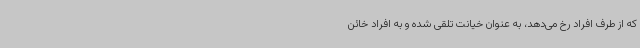
که از طرف افراد رخ می‌دهد، به عنوان خیانت تلقی شده و به افراد خائن